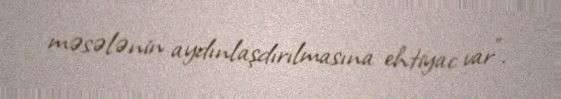
məsələnin aydınlaşdırılmasına ehtiyac var”.